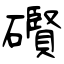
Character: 礥